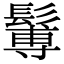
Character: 䰊